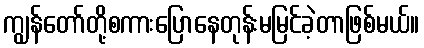
ကျွန်တော်တို့စကားပြောနေတုန်းမမြင်ခဲ့တာဖြစ်မယ်။